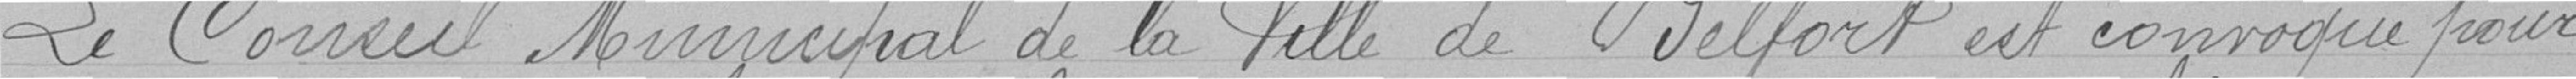
Le Conseil Municipal de la Ville de Belfort est convoqué pour